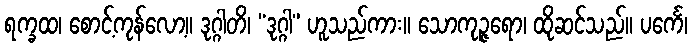
ရက္ခထ၊ စောင့်ကုန်လော့။ ဒုဂ္ဂါတိ၊ “ဒုဂ္ဂါ” ဟူသည်ကား။ သောကုဉ္ဇရော၊ ထိုဆင်သည်။ ပင်္ကေ၊